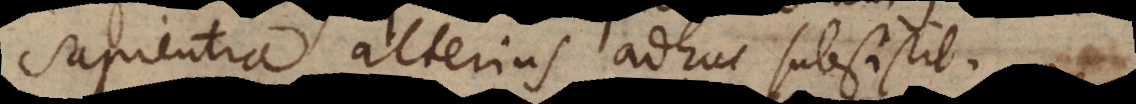
Sapientia alterius adhuc subsistit.